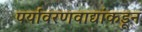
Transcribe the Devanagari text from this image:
पर्यावरणवाद्यांकडून